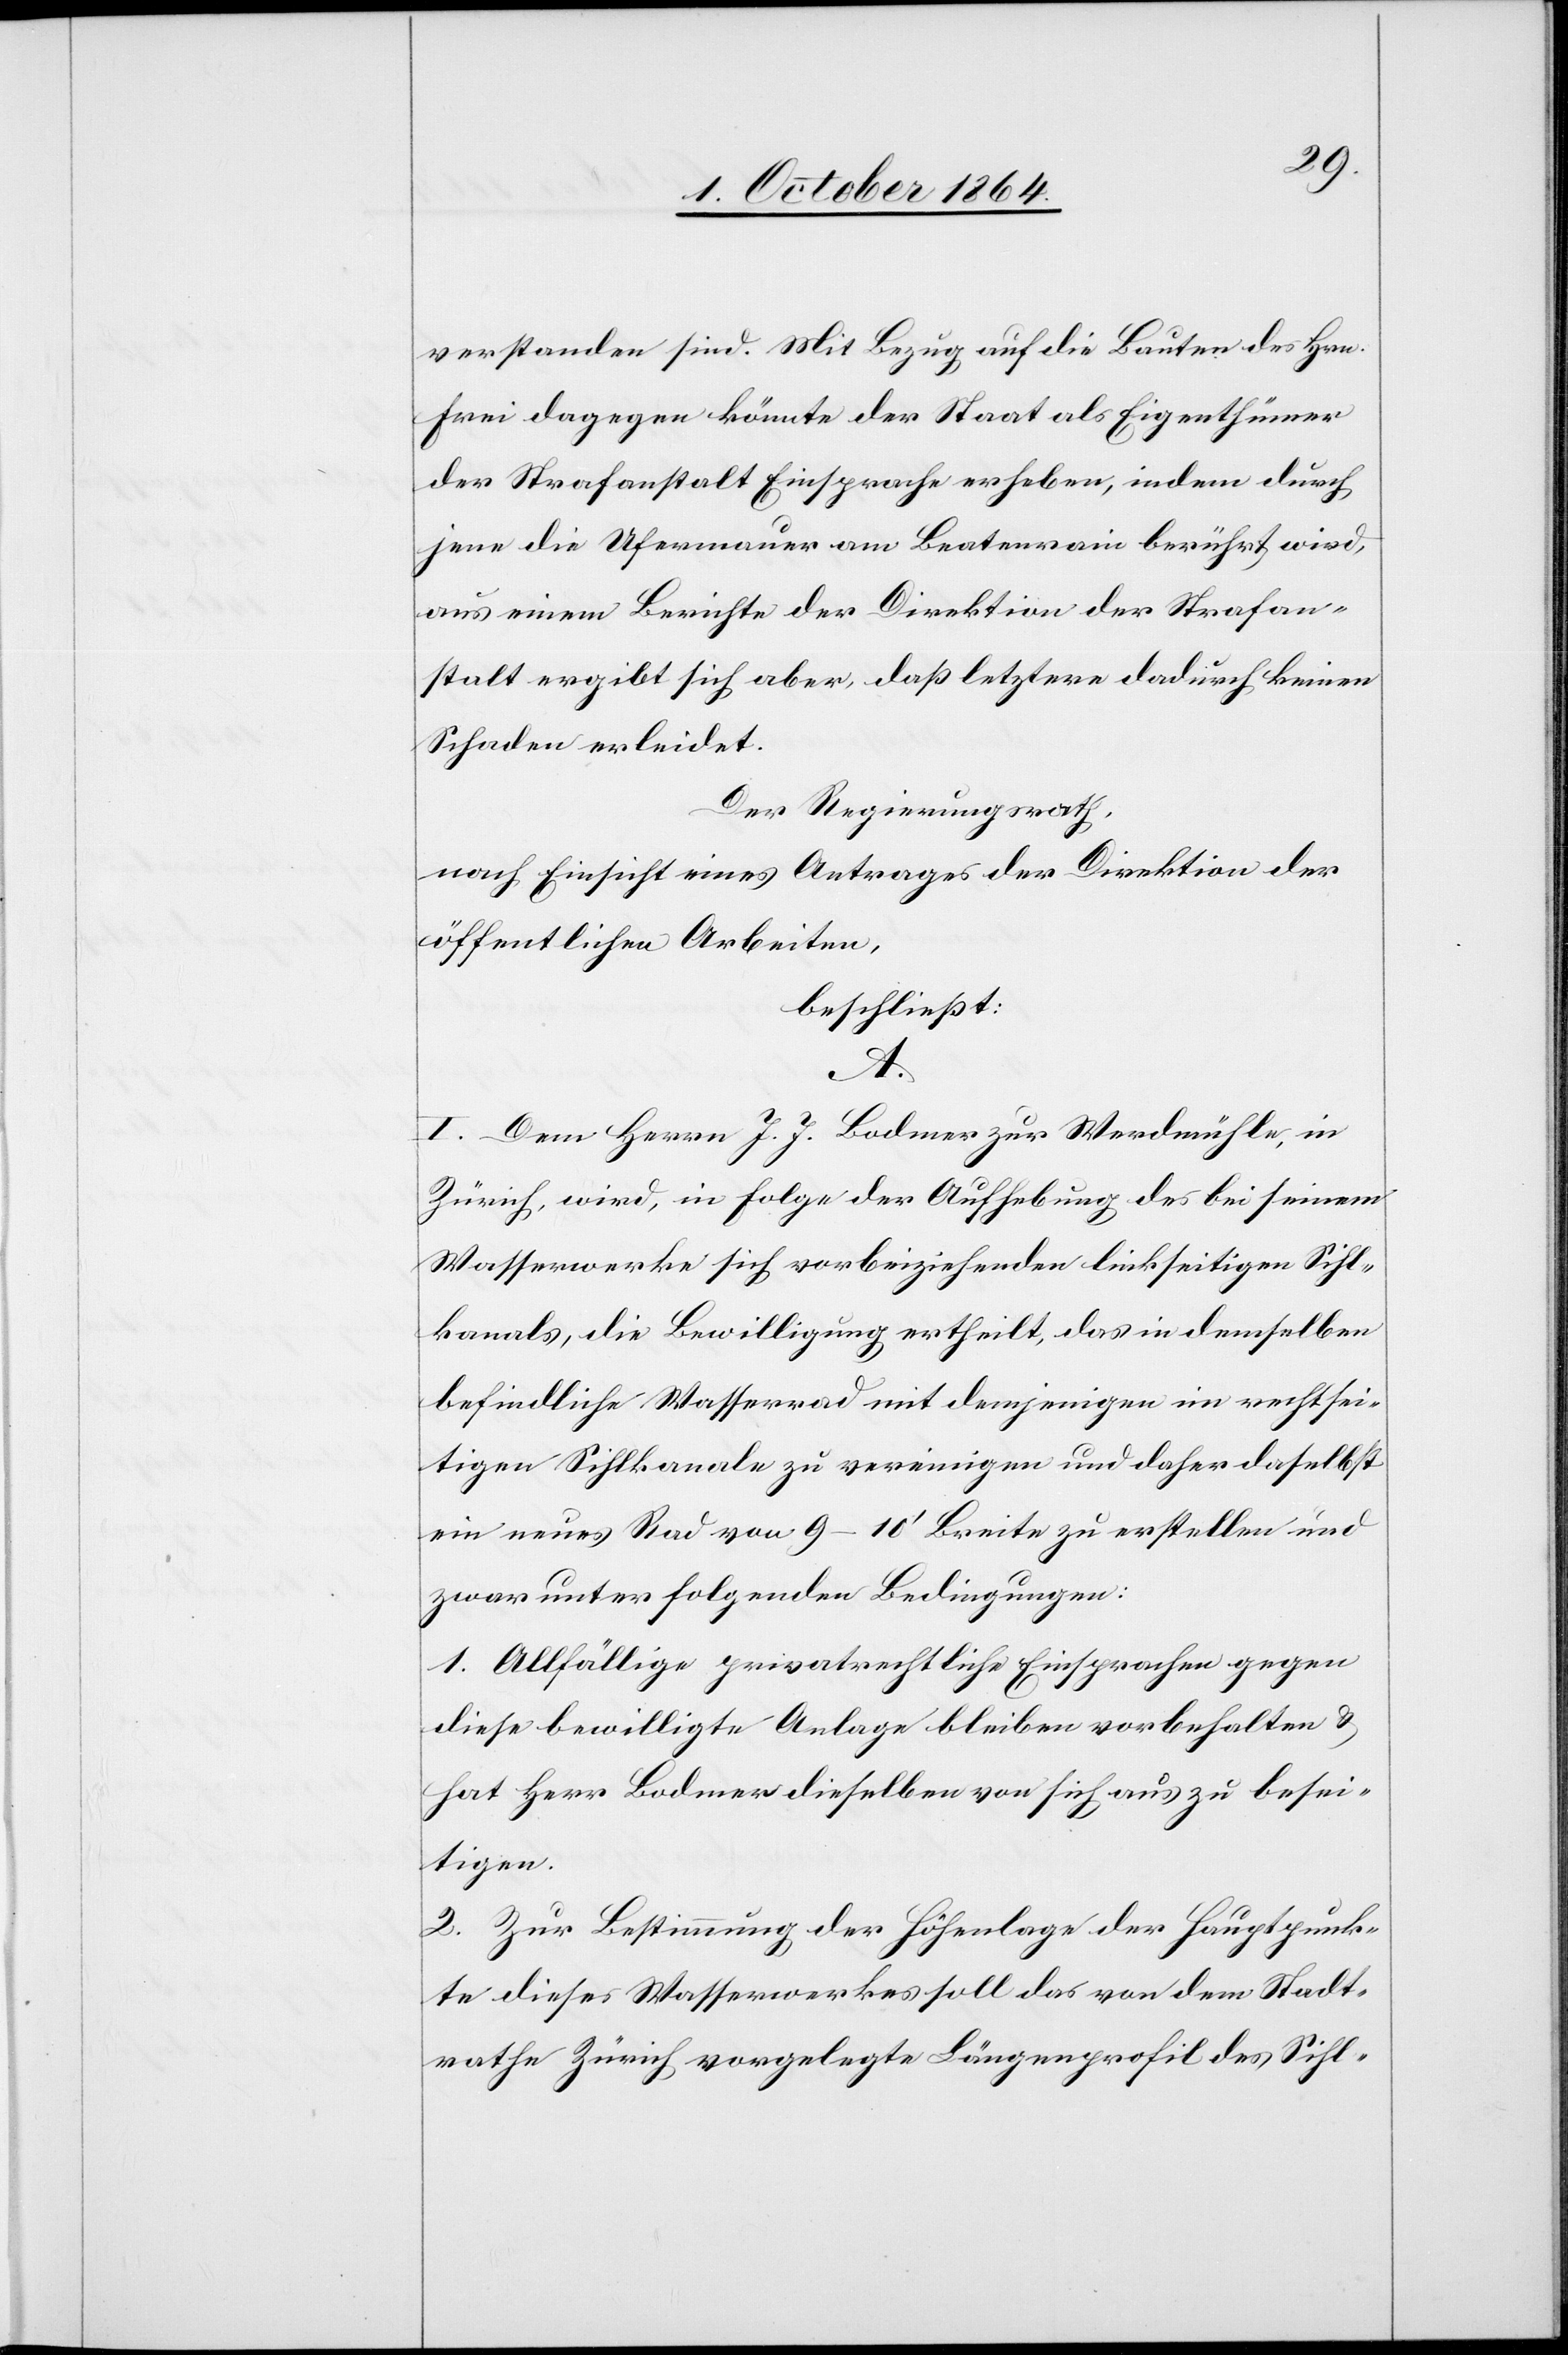
verstanden sind. Mit Bezug auf die Bauten des Hrn.
Frei dagegen könnte der Staat als Eigenthümer
der Strafanstalt Einsprache erheben, indem durch
jene die Ufermauer am Beatenrain berührt wird;
aus einem Berichte der Direktion der Strafan¬
stalt ergibt sich aber, daß letztere dadurch keinen
Schaden erleidet.
Der Regierungsrath,
nach Einsicht eines Antrages der Direktion der
öffentlichen Arbeiten,
beschließt:
A.
I. Dem Herrn J. J. Bodmer zur Werdmühle in
Zürich wird, in Folge der Aufhebung des bei seinem
Wasserwerke sich vorbeiziehenden linkseitigen Sihl¬
kanals, die Bewilligung ertheilt, das in demselben
befindliche Wasserrad mit demjenigen im rechtsei¬
tigen Sihlkanale zu vereinigen und daher daselbst
ein neues Rad von 9–11’ Breite zu erstellen und
zwar unter folgenden Bedingungen:
1. Allfällige privatwirtschaftliche Einsprachen gegen
diese bewilligte Anlage bleiben vorbehalten &
hat Herr Bodmer dieselben von sich aus zu besei¬
tigen.
2. Zur Bestimmung der Höhenlage der Hauptpunk¬
te dieses Wasserwerkes soll das von dem Stadt¬
rathe Zürich vorgelegte Längenprofil des Sihl-